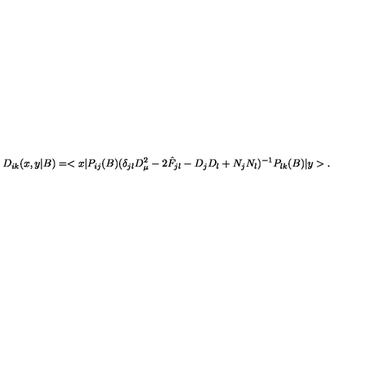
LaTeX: D _ { i k } ( x , y | B ) = < x | P _ { i j } ( B ) ( \delta _ { j l } D _ { \mu } ^ { 2 } - 2 \hat { F } _ { j l } - D _ { j } D _ { l } + N _ { j } N _ { l } ) ^ { - 1 } P _ { l k } ( B ) | y > .